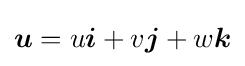
{\boldsymbol {u}}=u{\boldsymbol {i}}+v{\boldsymbol {j}}+w{\boldsymbol {k}}